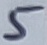
Text: 5